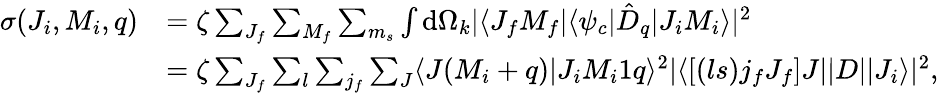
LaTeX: \begin{array}{rl}{\sigma(J_{i},M_{i},q)}&{=\zeta\sum_{J_{f}}\sum_{M_{f}}\sum_{m_{s}}\int\mathrm{d}\Omega_{k}|\langle J_{f}M_{f}|\langle\psi_{c}|\hat{D}_{q}|J_{i}M_{i}\rangle|^{2}}\\ &{=\zeta\sum_{J_{f}}\sum_{l}\sum_{j_{f}}\sum_{J}\langle J(M_{i}+q)|J_{i}M_{i}1q\rangle^{2}|\langle\left[(ls)j_{f}J_{f}\right]J||D||J_{i}\rangle|^{2},}\end{array}